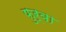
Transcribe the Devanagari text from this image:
फुर्बा